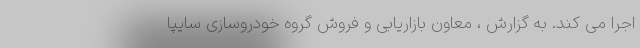
اجرا می کند. به گزارش ، معاون بازاریابی و فروش گروه خودروسازی سایپا